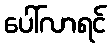
ပေါ်လာရင်